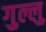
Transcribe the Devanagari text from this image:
गुल्लु